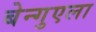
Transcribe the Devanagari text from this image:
बेन्गुएला